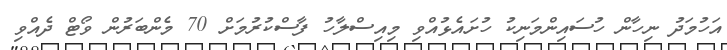
އަހުމަދު ނިހާން ހުސައިންމަނިކު ހުށައެޅުއްވި މިއިސްލާހު ފާސްކުރުމަށް 70 މެންބަރުން ވޯޓް ދެއްވި